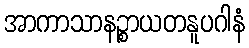
အာကာသာနဉ္စာယတနူပဂါနံ